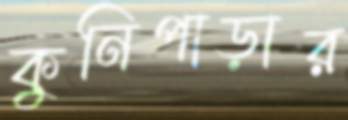
কুনিপাড়ার